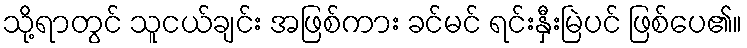
သို့ရာတွင် သူငယ်ချင်း အဖြစ်ကား ခင်မင် ရင်းနှီးမြဲပင် ဖြစ်ပေ၏။